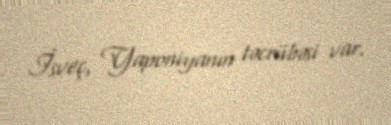
İsveç, Yaponiyanın təcrübəsi var.